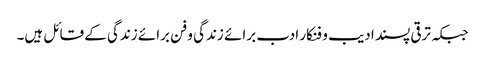
جبکہ ترقی پسند ادیب و فنکار ادب برائے زندگی و فن برائے زندگی کے قائل ہیں۔